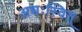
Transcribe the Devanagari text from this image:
अधःस्वित्